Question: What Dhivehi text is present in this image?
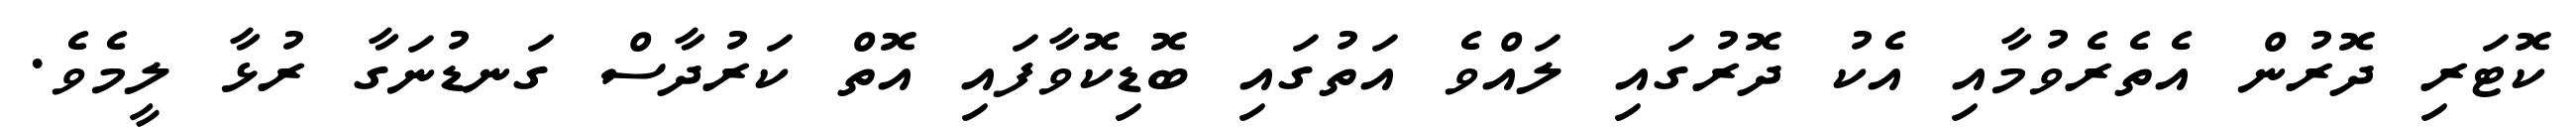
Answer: ކޮޓަރި ދޮރުން އެތެރެވުމާއި އެކު ދޮރުގައި ލައްވެ އަތުގައި ބޮޑިކޮވާފައި އޮތް ކަރުދާސް ގަނޑުނަގާ ރުޅާ ލީމެވެ.